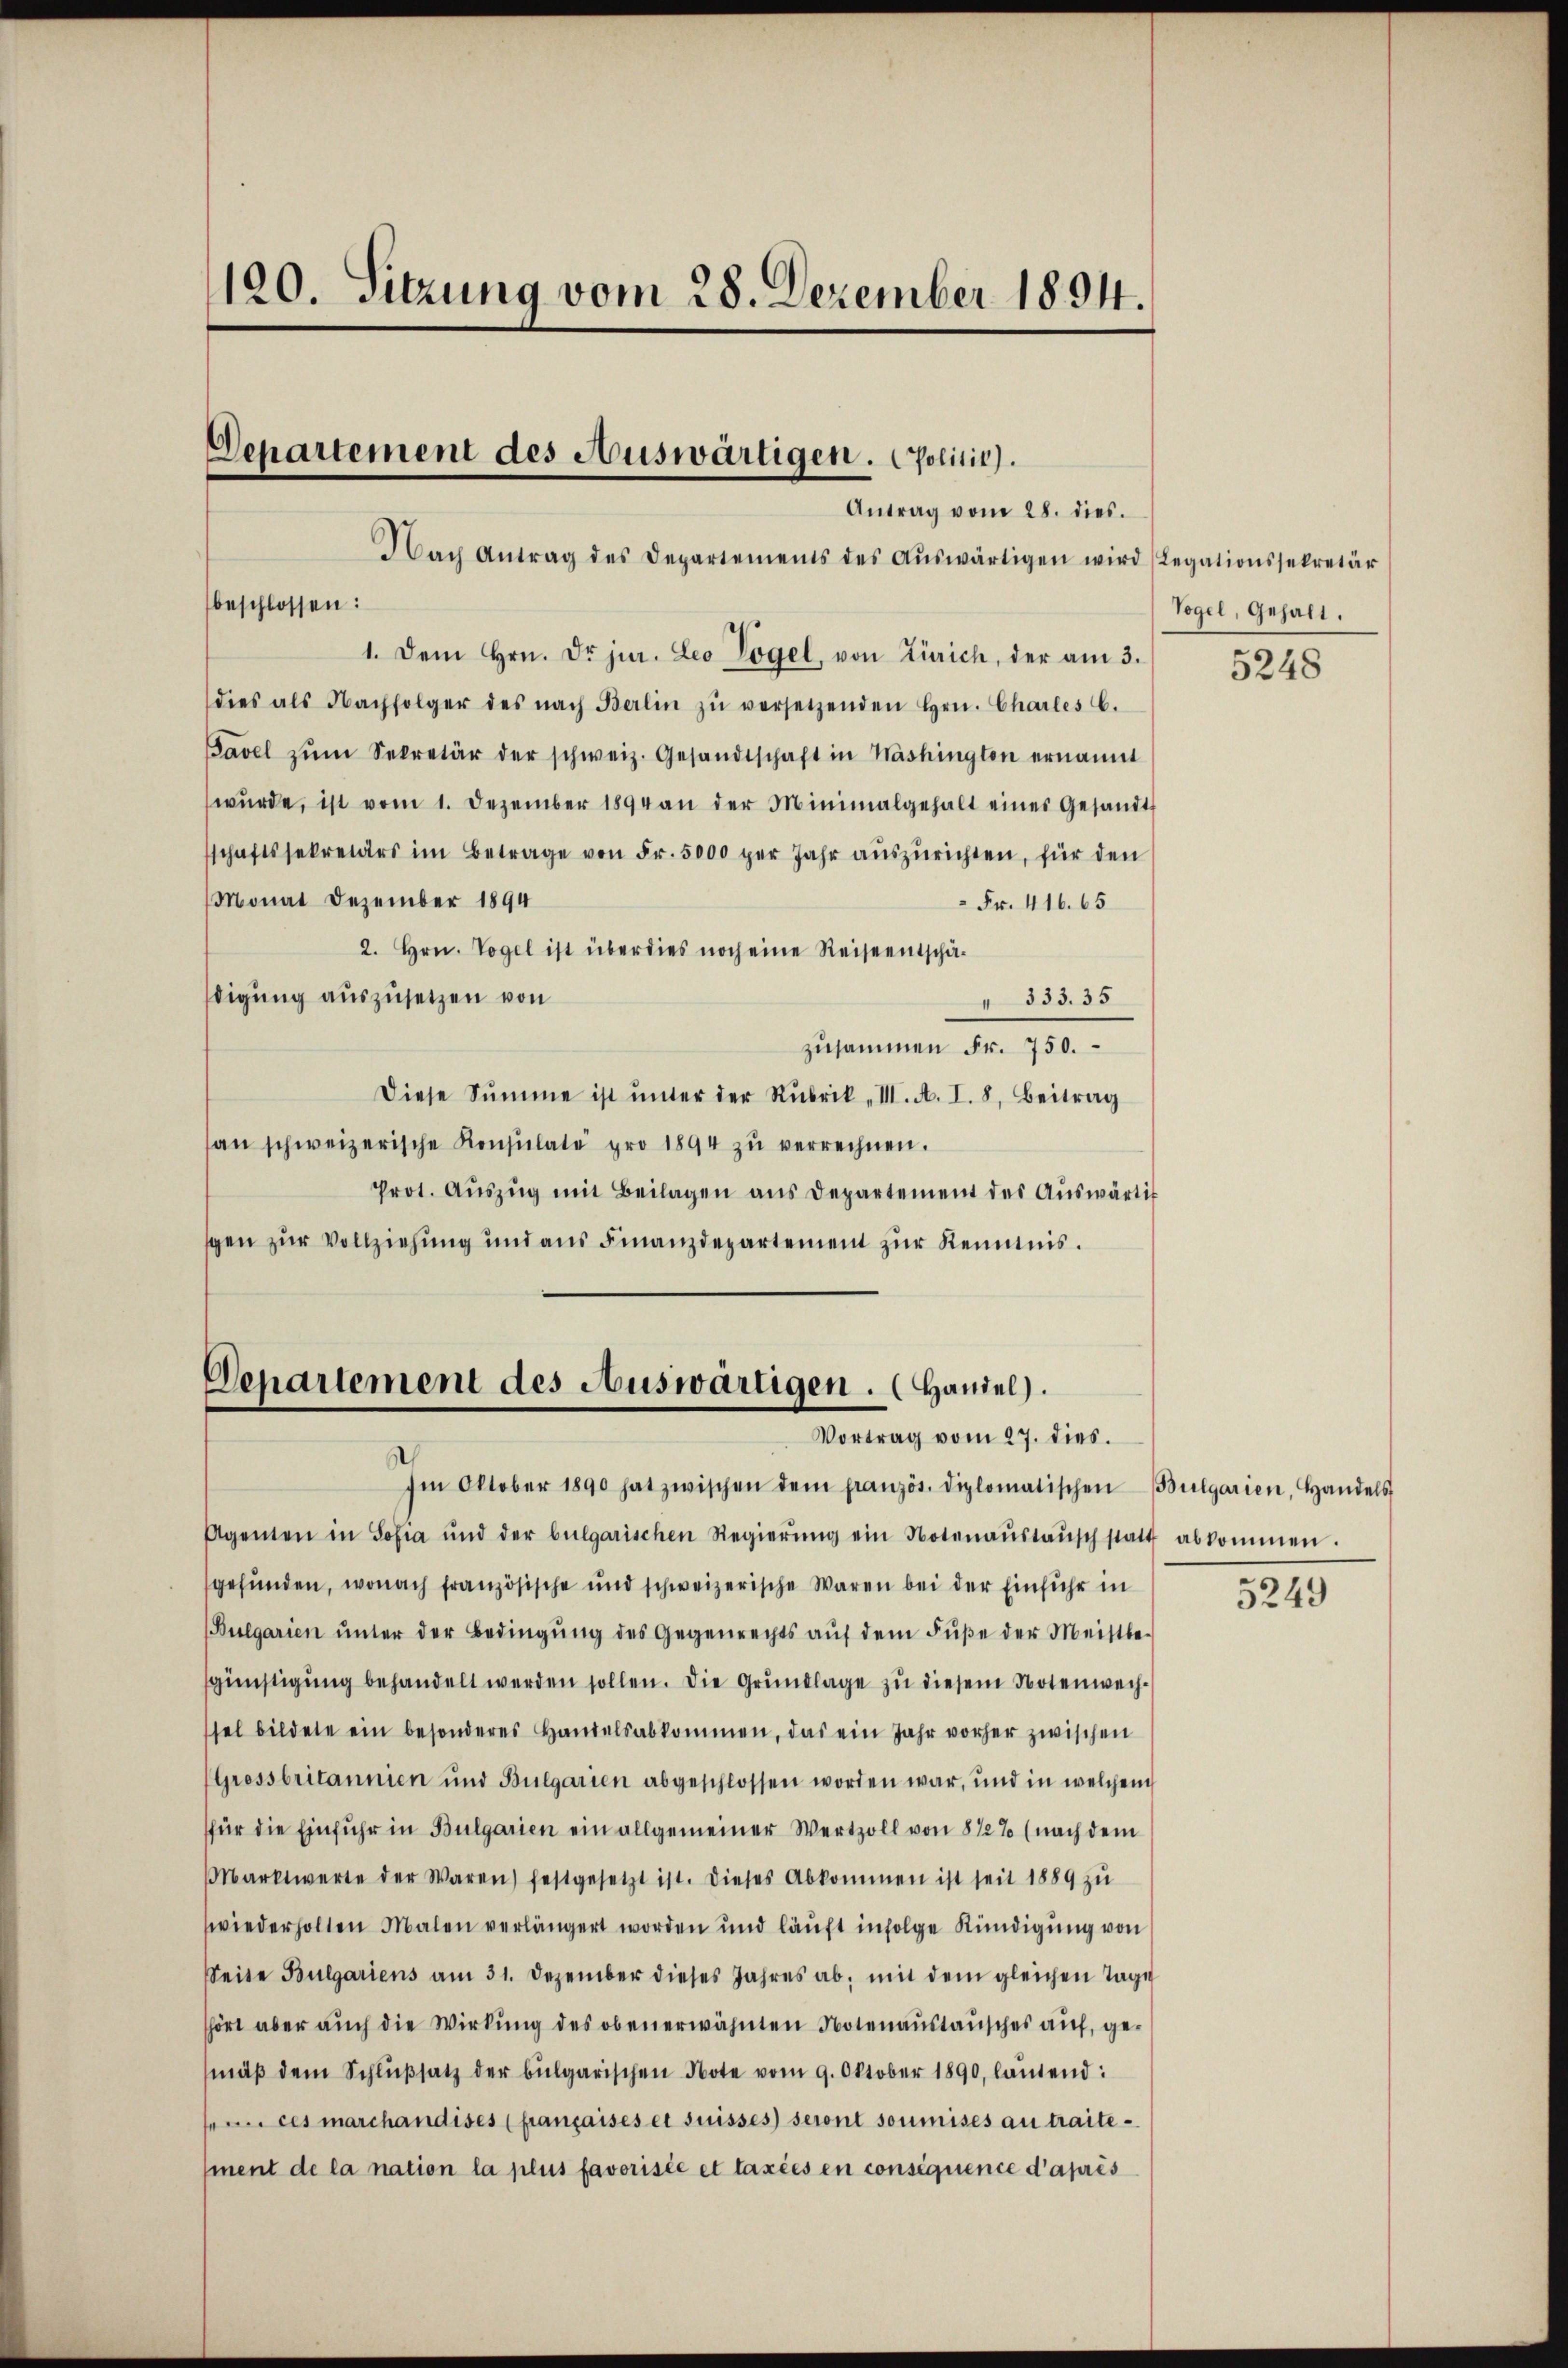
120. Sitzung vom 28. Dezember 1894.

Departement des Auswärtigen. Politik.
Antrag vom 28. dies

Departement des Auswärtigen. (Handel).
Vortrag vom 27. dies.

Nach Antrag des Departements des aŭswärtigen wird (Legationssekretär
beschlossen:
1. Dem Hrn. Dr. jur. Leo Vögel, von Zürich, der am 3.
dies als Nachfolger des nach Berlin zŭ versetzenden Hrn. Chartes C.
Pavel zŭm Sekretär der schweiz. Gesandtschaft in Washington ernannt
wŭrde, ist vom 1. Dezember 1894 an der Minimalgehalt eines Gesandt
schaftssekretärs im Betrage von Fr. 5000 per Jahr aŭszŭrichten, für den
Monat Dezember 1894
 Fr. 416. 65
2. Hrn. Vogel ist überdies noch eine Reiseentschädigung auszusetzen von
 333. 35
zusammen Fr. 750.
Diese Summe ist ŭnter der Rubrik „VII. A. I. 8. Beitrag
an schweizerische Konsulate pro 1894 zŭ verrechnen.
Prot. Aŭszŭg mit Beilagen ans Departement des Aŭswärtig
spen zur Vollziehung und aus Finanzdepartement zur Kenntnis.

Ien Oktober 1890 hat zwischen dem französ. diplomatischen Bulgarien, Handels
Agenten in Sofia und der bulgarischen Regierŭng ein Notenaŭstaŭsch statt abkommen.
gefunden, wonach französische und schweizerische Waren bei der Einfuhr in
(Bulgarien ŭnter der Bedingŭng des Gegenrechts aŭf dem Fŭβe der Meistbe-
günstigung behandelt werden sollen. Die Grundlage zu diesem Notenwechsel bildete ein besonderes Handelsabkommen, das ein Jahr vorher zwischen
Gressbritannien und Bulgarien abgeschlossen worden war, und in welchem
für die Einfuhr in Bulgarien ein allgemeiner Wertzoll von 822% (nach dem
Marktwerte der Waren) festgesetzt ist. Dieses Abkommen ist seit 1889 zu
wiederholten Malen verlängert worden und läuft infolge Kündigung von
Seite Bulgariens am 31. Dezember dieses Jahres ab, mit dem gleichen Tage
hört aber auch die Wirkung des obenerwähnten Notenaustausches auf, gemäβ dem Schlŭβsatz der bulgarischen Note vom 9. Oktober 1890, lautend:
ces marchandises (françaises et suisses) seront soumises au traite-
ment de la nation la plus favorisée et taxées en conséquence d’après

Vogel, Gehalt.

5248

5249